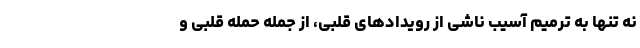
نه تنها به ترمیم آسیب ناشی از رویدادهای قلبی، از جمله حمله قلبی و